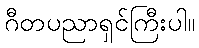
ဂီတပညာရှင်ကြီးပါ။